Civil Veterinary Dept. North-West Frontier Province 1933-46 - 1933-1946
Year: 1933
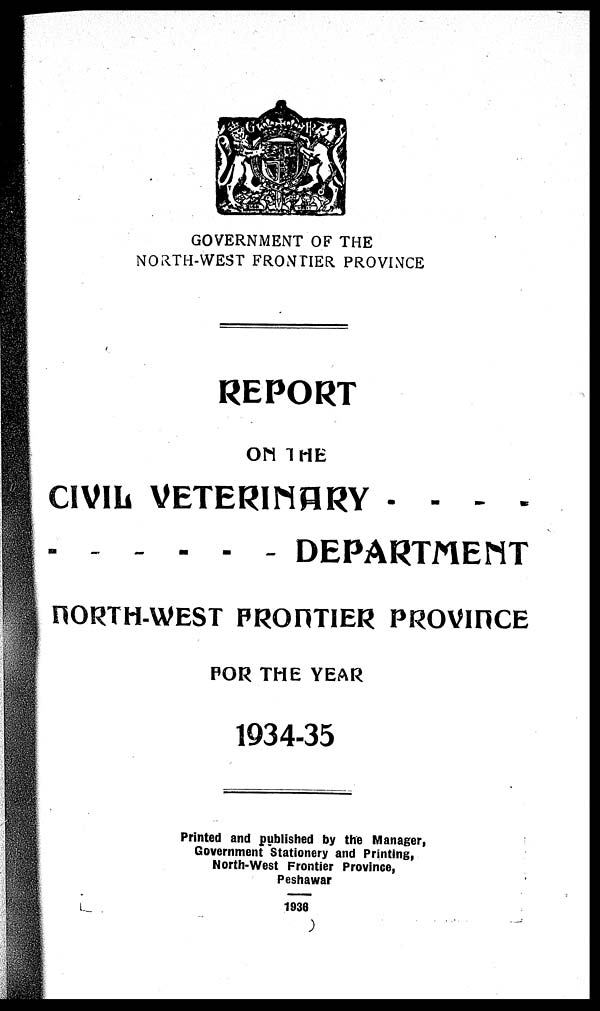
GOVERNMENT OF THE
NORTH-WEST FRONTIER PROVINCE
REPORT
ON THE
CIVIL VETERINARY - - - -
-
- - - - DEPARTMEMT
NORTH-WEST FRONTIER PROVINCE
FOR THE YEAR
1934-35
Printed and published by the Manager,
Government Stationery and Printing,
North-West Frontier Province,
Peshawar
1936